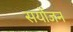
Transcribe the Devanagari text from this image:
सयोंजन